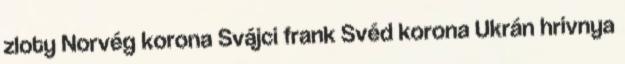
zloty Norvég korona Svájci frank Svéd korona Ukrán hrivnya